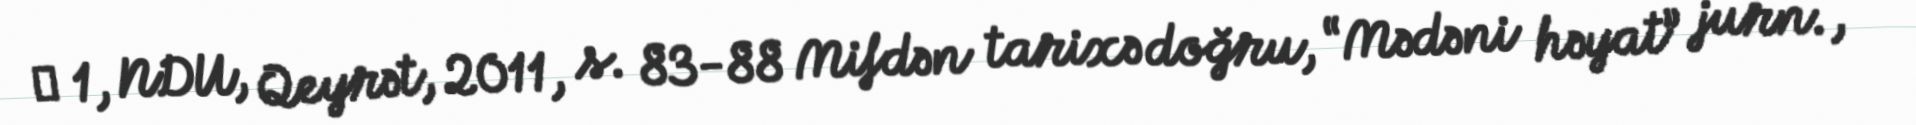
№ 1, NDU, Qeyrət, 2011, s. 83-88 Mifdən tarixə doğru, “Mədəni həyat” jurn.,